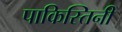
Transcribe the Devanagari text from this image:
पाकिस्तिनी